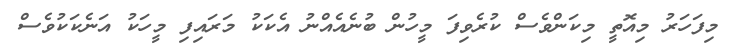
މިފަހަރު މިއޮތީ މިކަންވެސް ކުރެވިފަ މީހުން ބުނެއެއްނު އެކަކު މަރައިފި މީހަކު އަނެކަކުވެސް